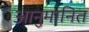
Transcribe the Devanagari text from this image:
आनुमानित